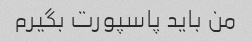
من باید پاسپورت بگیرم